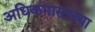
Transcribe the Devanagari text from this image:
अधिकमासाच्या